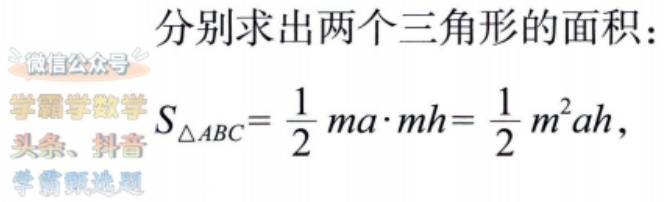
分别求出两个三角形的面积：
\[
S_{\triangle ABC}=\frac{1}{2}ma\cdot mh = \frac{1}{2}m^{2}ah
\]